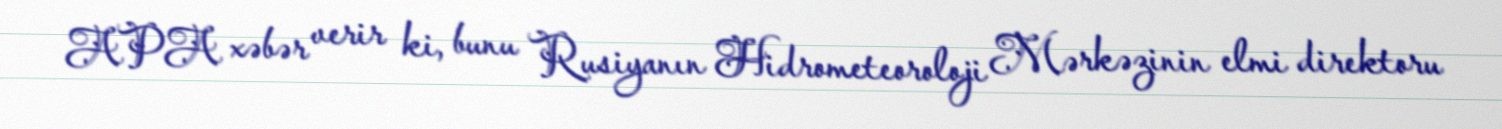
APA xəbər verir ki, bunu Rusiyanın Hidrometeoroloji Mərkəzinin elmi direktoru